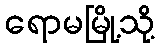
ရောမမြို့သို့